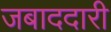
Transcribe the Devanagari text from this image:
जबाददारी